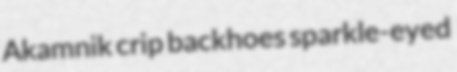
Akamnik crip backhoes sparkle-eyed